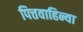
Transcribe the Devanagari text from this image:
पित्तवाहिन्या